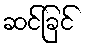
ဆင်ခြင်